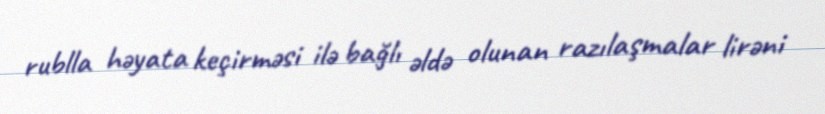
rublla həyata keçirməsi ilə bağlı əldə olunan razılaşmalar lirəni